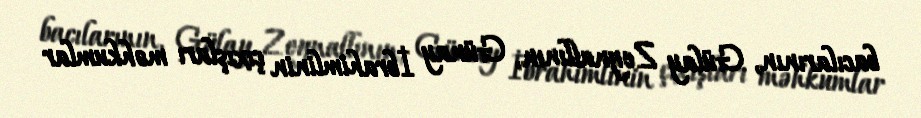
bacılarının, Gülay Zeynallının, Günay İbrahimlinin çıxışları məhkumlar